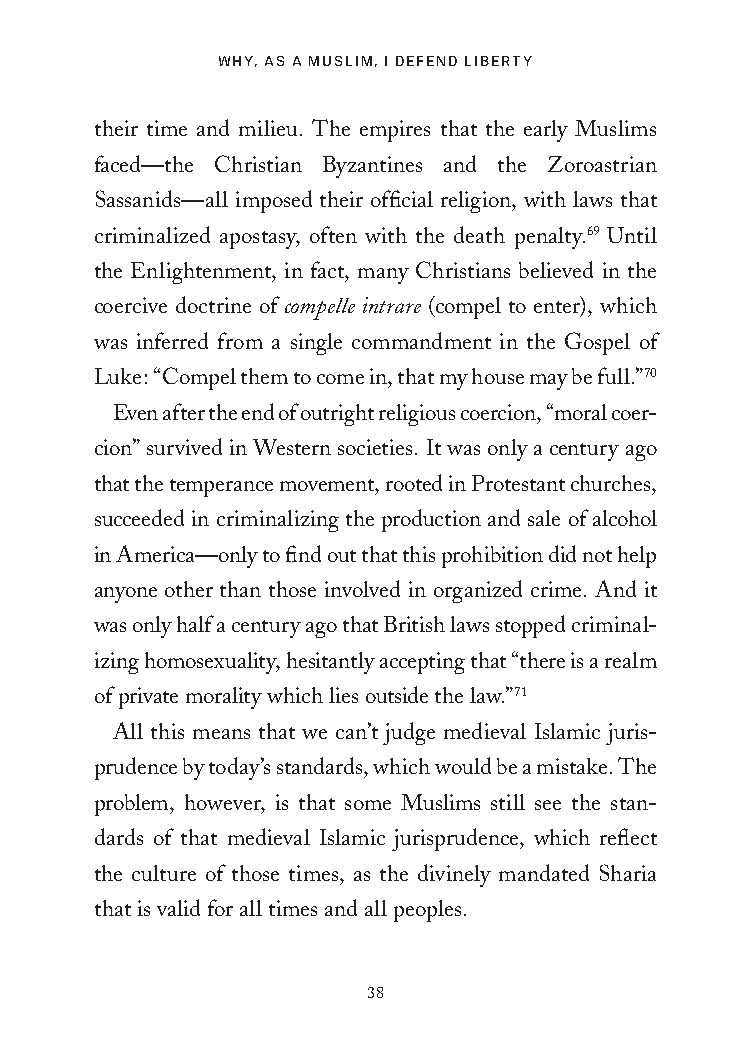
WHY, AS A MUSLIM, I DEFEND LIBERTY
 their time and milieu. The empires that the early Muslims
 faced—the Christian Byzantines and the Zoroastrian
 Sassanids—all imposed their official religion, with laws that
 criminalized apostasy, often with the death penalty.69 Until
 the Enlightenment, in fact, many Christians believed in the
 coercive doctrine of compelle intrare (compel to enter), which
 was inferred from a single commandment in the Gospel of
 Luke: “Compel them to come in, that my house may be full.”70
 Even after the end of outright religious coercion, “moral coer-
 cion” survived in Western societies. It was only a century ago
 that the temperance movement, rooted in Protestant churches,
 succeeded in criminalizing the production and sale of alcohol
 in America—only to find out that this prohibition did not help
 anyone other than those involved in organized crime. And it
 was only half a century ago that British laws stopped criminal-
 izing homosexuality, hesitantly accepting that “there is a realm
 of private morality which lies outside the law.”71
 All this means that we can’t judge medieval Islamic juris-
 prudence by today’s standards, which would be a mistake. The
 problem, however, is that some Muslims still see the stan-
 dards of that medieval Islamic jurisprudence, which reflect
 the culture of those times, as the divinely mandated Sharia
 that is valid for all times and all peoples.
 38
 25320_Ch02.indd 38                      24/06/2021 8:47 AM